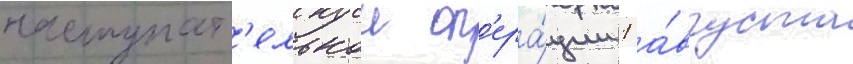
наступат'ельнои оп'ера́ции 1 а́вгуста